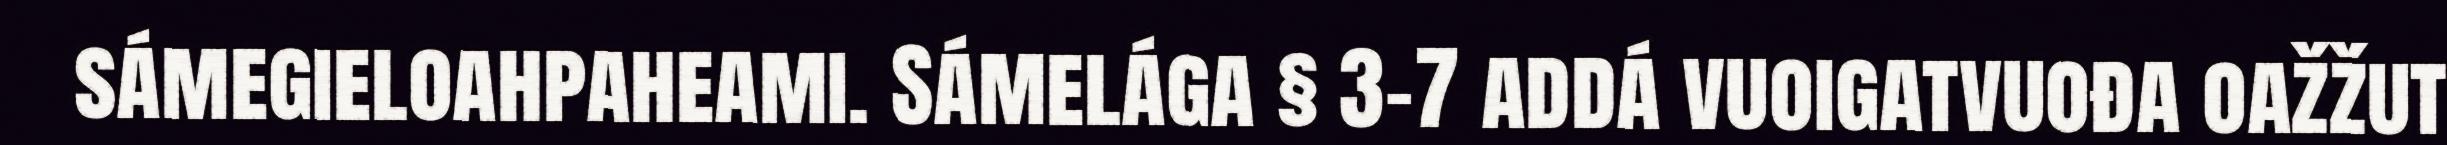
sámegieloahpaheami. Sámelága § 3–7 addá vuoigatvuođa oažžut